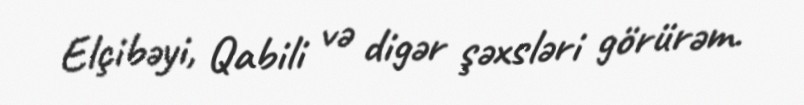
Elçibəyi, Qabili və digər şəxsləri görürəm.